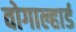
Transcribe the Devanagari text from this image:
वोगाल्हार्ड